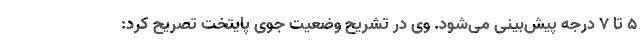
۵ تا ۷ درجه پیش‌بینی می‌شود. وی در تشریح وضعیت جوی پایتخت تصریح کرد: